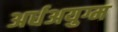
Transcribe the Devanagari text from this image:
अर्धअयुग्म